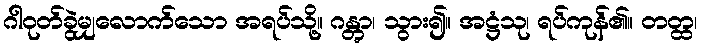
ဂါဝုတ်ခွဲမျှလောက်သော အရပ်သို့။ ဂန္တွာ၊ သွား၍။ အဋ္ဌံသု၊ ရပ်ကုန်၏။ တတ္ထ၊